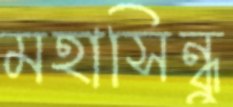
মহাসিন্ধু